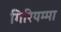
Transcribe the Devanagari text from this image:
गिरियम्मा